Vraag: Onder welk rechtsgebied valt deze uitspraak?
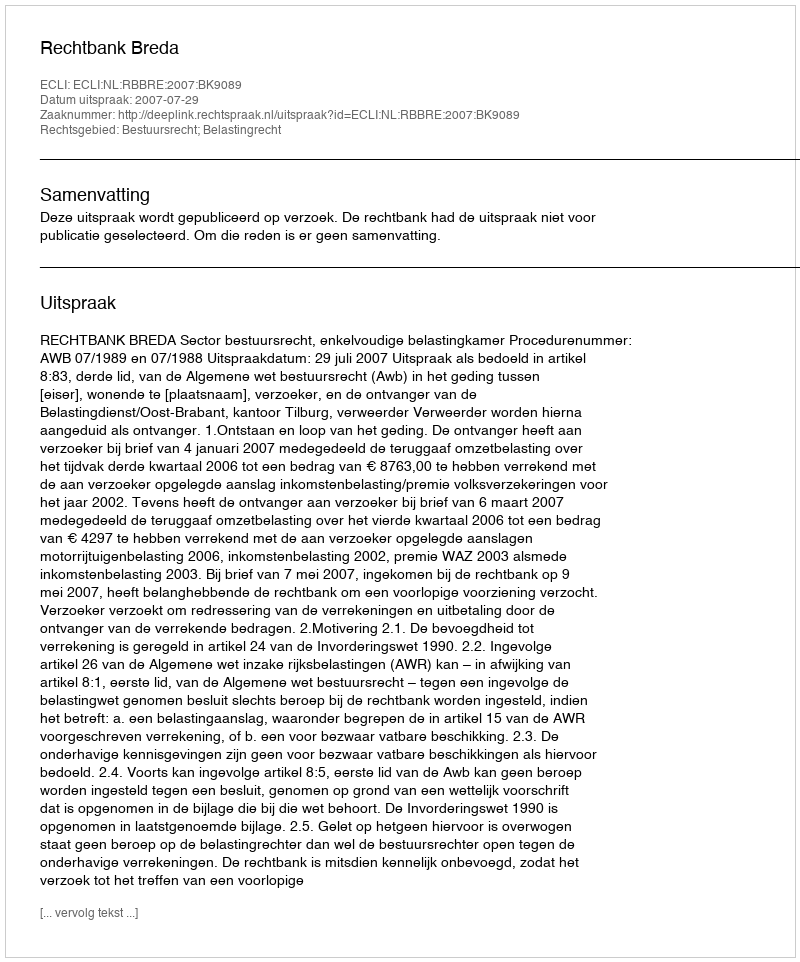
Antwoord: Bestuursrecht; Belastingrecht